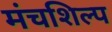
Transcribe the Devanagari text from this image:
मंचशिल्प